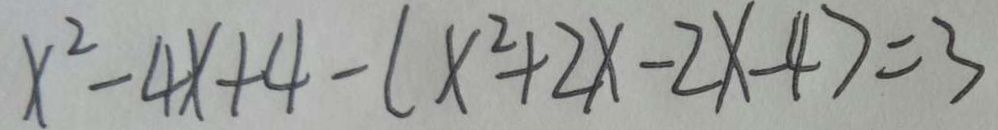
x ^ { 2 } - 4 x + 4 - ( x ^ { 2 } + 2 x - 2 x - 4 ) = 3